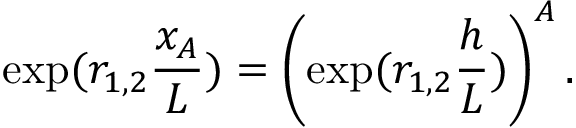
\exp ( r _ { 1 , 2 } \frac { x _ { A } } { L } ) = \left( \exp ( r _ { 1 , 2 } \frac { h } { L } ) \right) ^ { A } .